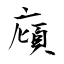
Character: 廎